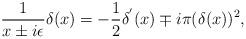
LaTeX: \begin{align*}\frac{1}{x \pm i\epsilon}\delta(x)=-\frac{1}{2}\delta^{'}(x) \mp i\pi(\delta(x))^{2},\end{align*}